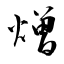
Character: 熷